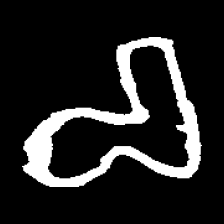
Pyu character \u2014 Myanmar letter: စ (romanized: ca)